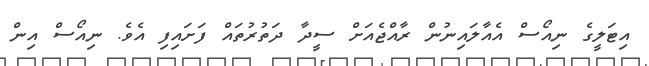
އިޓަލީގެ ނިއޯސް އެއާލައިނުން ރާއްޖެއަށް ސީދާ ދަތުރުތައް ފަށައިފި އެވެ. ނިއޯސް އިން